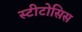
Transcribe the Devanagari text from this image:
स्टीटोसिस